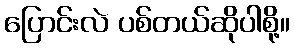
ပြောင်းလဲ ပစ်တယ်ဆိုပါစို့။